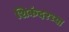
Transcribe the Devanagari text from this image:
शिकंदरच्या